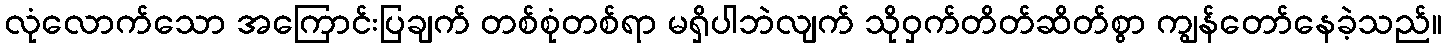
လုံလောက်သော အကြောင်းပြချက် တစ်စုံတစ်ရာ မရှိပါဘဲလျက် သိုဝှက်တိတ်ဆိတ်စွာ ကျွန်တော်နေခဲ့သည်။